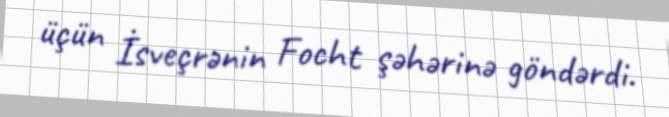
üçün İsveçrənin Focht şəhərinə göndərdi.